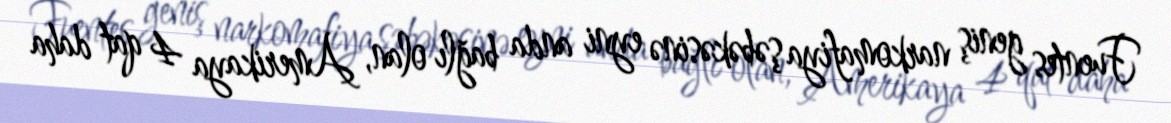
Fuentes geniş narkomafiya şəbəkəsinə eyni anda bağlı olan, Amerikaya 4 qat daha